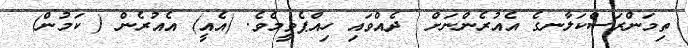
ތިމަންރަސްކަލާނގެ އެއުރެންނަށް  ދެއްވައި ހިއްޕެވީމެވެ. (އެއީ) އެއުރެން ( ކަމުން)